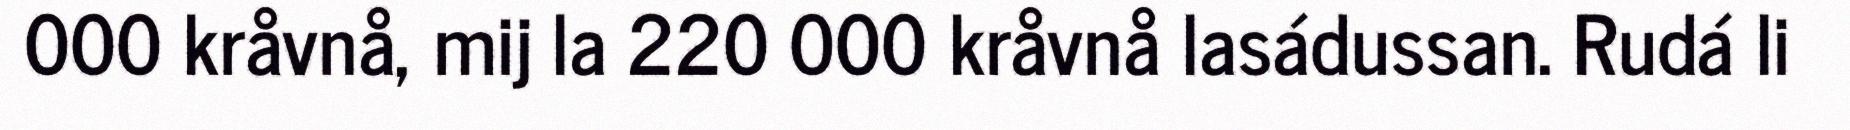
000 kråvnå, mij la 220 000 kråvnå lasádussan. Rudá li